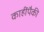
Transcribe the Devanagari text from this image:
काहींपैकी